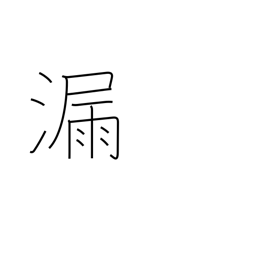
Meaning: leak